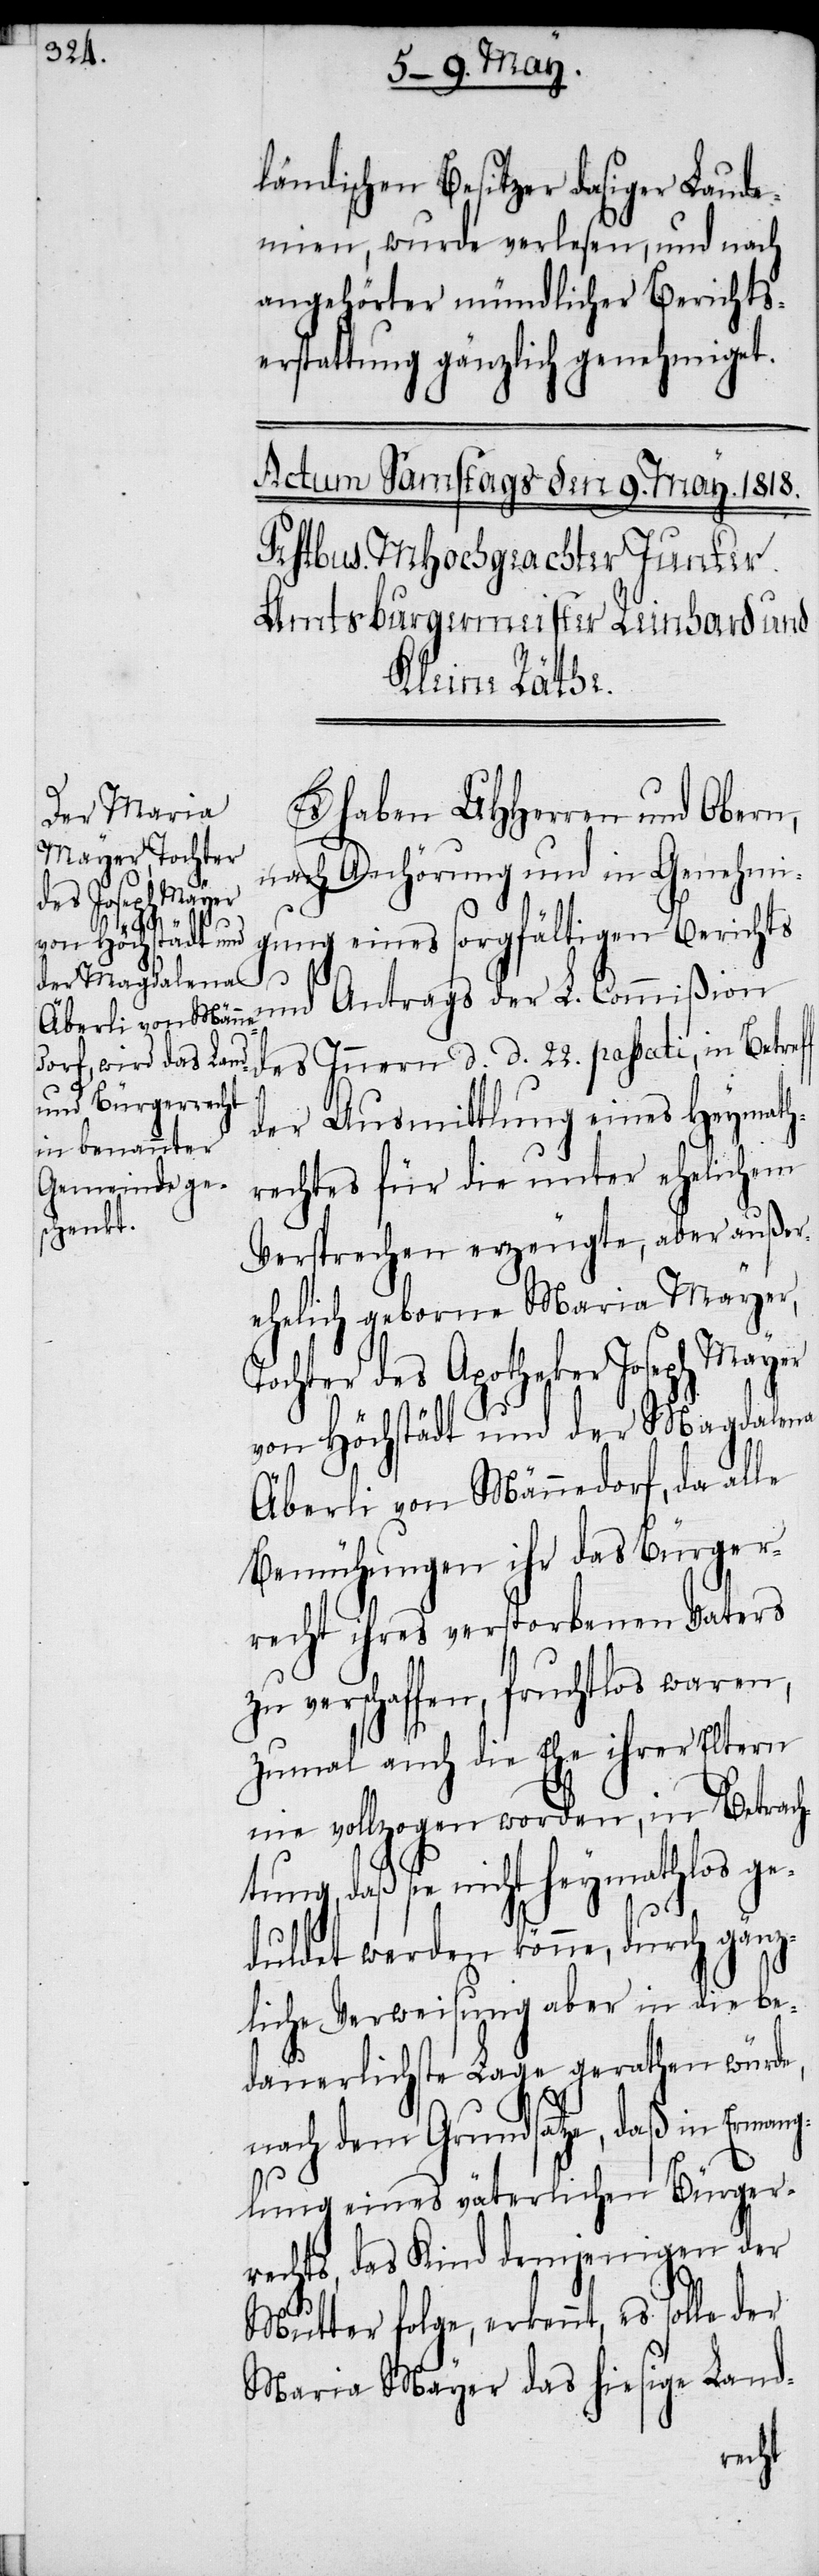
solle

ländischen Besitzer dasiger Laude¬
mien, wurde verlesen, und nach
angehörter mündlicher Berichts¬
erstattung gänzlich genehmiget.
Es haben UHHerren und Obern,
nach Anhörung und in Genehmi¬
gung eines sorgfältigen Berichts
und Antrags der L. Commißion
des Innern d. d. 22. passati, in Betreff
der Ausmittlung eines Heymath¬
rechtes für die unter ehelichem
Versprechen erzeugte, aber außer¬
ehelich geborne Maria Mayer,
Tochter des Apotheker Joseph Mayer
von Höchstädt und der Magdalena
Äberli von Männedorf, da alle
Bemühungen ihr das Bürger¬
recht ihres verstorbenen Vaters
verschaffen, fruchtlos waren,
zumal auch die Ehe ihrer Eltern
nie vollzogen worden, in Betrach¬
tung, daß sie nicht heymathlos ge¬
duldet werden könne, durch gänz¬
liche Verweisung aber in die be¬
dauerlichste Lage gerathen würde,
nach dem Grundsatze, daß in Ermang¬
lung eines väterlichen Bürger¬
rechts, das Kind demjenigen der
Mutter folge, erkennt, es
Maria Mayer das hiesige Land-